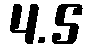
4.5